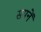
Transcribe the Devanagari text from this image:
सपनें